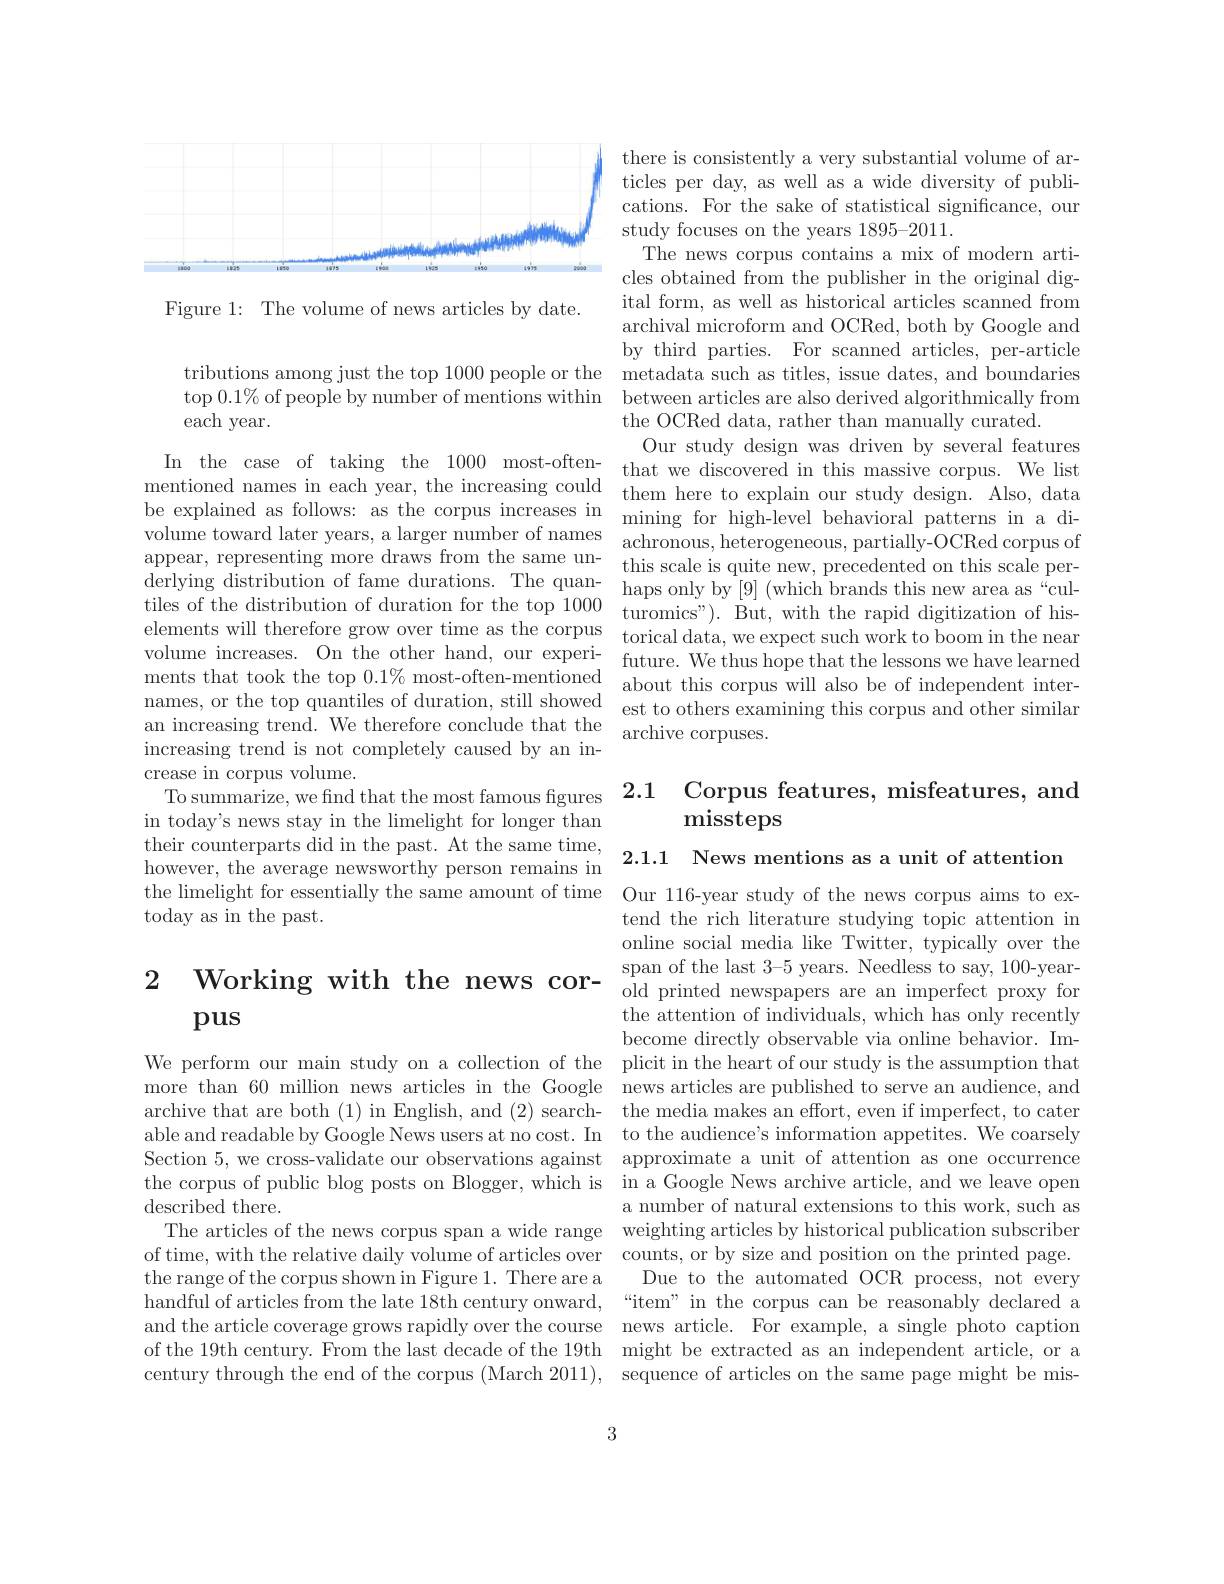
<FigureHere>

Figure 1: The volume of news articles by date.

tributions among just the top 1000 people or the metadata such as titles, issue dates, and boundaries top $0.1\%$ of people by number of mentions within between articles are also derived algorithmically from each year.

derlying distribution of fame durations. The quanvolume increases. On the other hand, our experiincreasing trend is not completely caused by an increase in corpus volume.
To summarize, we find that the most famous figures 2.1 Corpus features, misfeatures, and
in today's news stay in the limelight for longer than their counterparts did in the past. At the same time, however, the average newsworthy person remains in the limelight for essentially the same amount of time Our 116-year study of the news corpus aims to ex-
today as in the past.

# 2 Working with the news cor- $\begin{array}{cc}\text{span of the last 3-5 years. Needless to say, 100-year-}\\\text{old printed newspapers are an imperfect proxy for}\end{array}$ pus

described there.
the range of the corpus shown in Figure 1. There are a

3

there is consistently a very substantial volume of articles per day, as well as a wide diversity of publications. For the sake of statistical significance, our study focuses on the years 1895-2011.
The news corpus contains a mix of modern articles obtained from the publi ital form, as well as historical articles scanned from archival microform and OCRed by third parties. For scanned articles, per-article the OCRed data, rather than
Our study design was driven by several features
In the case of taking the 1 mentioned names in each year, the increasing could them here to explain our study design. Also, data be explained as follows: as the corpus increases in mining for high-level behavioral patterns in a divolume toward later years, a larger number o
haps only by [9] (which brands this new area as “cul-
tiles of the distribution of duration for the to elements will therefore grow over time as the corpus torical data, we expect such work to boom in the near
future. We thus hope that the lessons we have learned
ments that took the top $0.1\%$ most-often-mentioned about this corpus will also be of independent internames, or the top quantiles an increasing trend. We therefore conclude that the archive corpuses.

# missteps

2.1.1 News mentions as a unit of attention

tend the rich literature studying topic attention in online social media like Twitter, typically over the the attention of individuals, which has only recently become directly observable via online behavior. Im-
We perform our main study on a collection of the plicit in the heart of our study is the assumption that more than 60 million news articles in the Google news articles are published to serve an audience, and archive that are both (1) in English, and (2) search- the media makes an effort, even if imperfect, to cater able and readable by Google News users at no cost. In to the audience's information appetites. We coarsely Section 5, we cross-validate our observations against approximate a unit of attention as one occurrence the corpus of public blog posts on Blogger, which is in a Google News archive article, and we leave open
a number of natural extensions to this work, such as
The articles of the news corpus span a wide range weighting articles by historical publication subscriber of time, with the relative daily volume of articles over counts, or by size and position on the printed page.
Due to the automated OCR process, not every
handful of articles from the late 18th century onward,“item”in the corpus can be reasonably declared a and the article coverage grows rapidly over the course news article. For example, a single photo caption of the 19th century. From the last decade of the 19th might be extracted as an independent article, or a century through the end of the corpus (March 2011), sequence of articles on the same page might be mis-